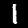
Label: 1